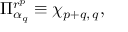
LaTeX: \Pi _ { \alpha _ { q } } ^ { r ^ { p } } \equiv \chi _ { p + q , \, q } ,